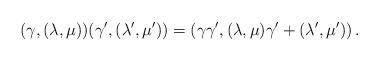
LaTeX: \begin{align*}(\gamma,(\lambda,\mu))(\gamma',(\lambda',\mu'))=\left(\gamma\gamma',(\lambda,\mu)\gamma'+(\lambda',\mu')\right).\end{align*}